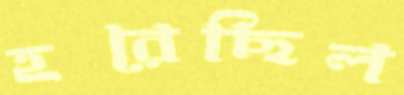
হরেছিল